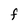
Character: F